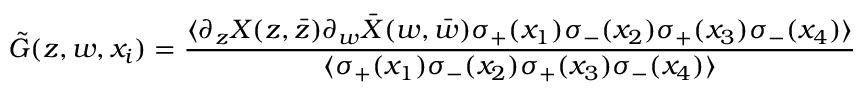
\tilde { G } ( z , w , x _ { i } ) = \frac { \langle \partial _ { z } X ( z , \bar { z } ) \partial _ { w } \bar { X } ( w , \bar { w } ) \sigma _ { + } ( x _ { 1 } ) \sigma _ { - } ( x _ { 2 } ) \sigma _ { + } ( x _ { 3 } ) \sigma _ { - } ( x _ { 4 } ) \rangle } { \langle \sigma _ { + } ( x _ { 1 } ) \sigma _ { - } ( x _ { 2 } ) \sigma _ { + } ( x _ { 3 } ) \sigma _ { - } ( x _ { 4 } ) \rangle }